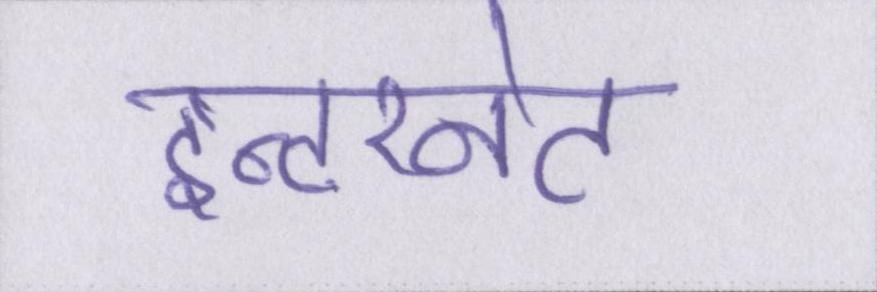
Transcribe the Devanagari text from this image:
इन्टरनेट